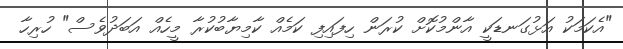
"އެކަމަކު އަޅުގަނޑަކީ އާންމުކޮށް ކުރަން ހިފައިފި ކަމެއް ކާމިޔާބުކުރާ މީހެއް އަބަދުވެސް" ހުރިހާ